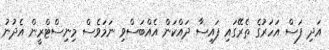
އަދި ފަސް އަހަރުގެ ތެރޭގައި ފައިސާ ދައްކަން އެއްބަސްވި ނަމަވެސް މިނިސްޓްރީން އެދުނު